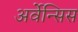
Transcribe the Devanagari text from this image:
अर्वेन्सिस